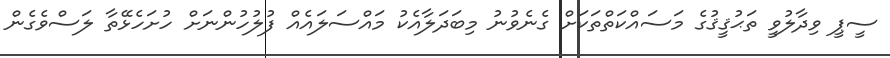
ސީޕީ ވިދާލުވީ ތަޙުޤީޤުގެ މަސައްކަތްތަކަށް ގެނެވުނު މިބަދަލާއެކު މައްސަލައެއް ފުލުހުންނަށް ހުށަހެޅޭތާ ލަސްވެގެން